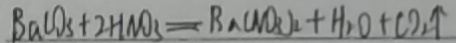
B a C O _ { 3 } + 2 H N O _ { 3 } = B a ( N O _ { 3 } ) _ { 2 } + H _ { 2 } O + C O _ { 2 } \uparrow